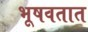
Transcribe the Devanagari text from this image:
भूषवतात